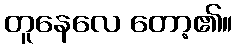
တူနေလေ တော့၏။